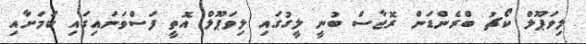
ލިވަޕޫލް ކޯޗު ބްރެންޑަން ރޮޖާސް ބުނީ ލީގުގައި ލިވަޕޫލް އޮތީ ފަސްވަނައިގައި ކަމަށާއި